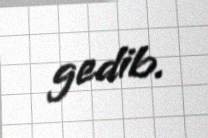
gedib.